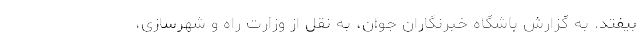
بیفتد. به گزارش باشگاه خبرنگاران جوان، به نقل از وزارت راه و شهرسازی،